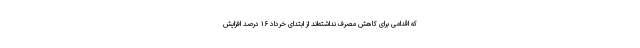
که اقدامی برای کاهش مصرف نداشته‌اند از ابتدای خرداد ۱۶ درصد افزایش